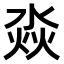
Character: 𣶷